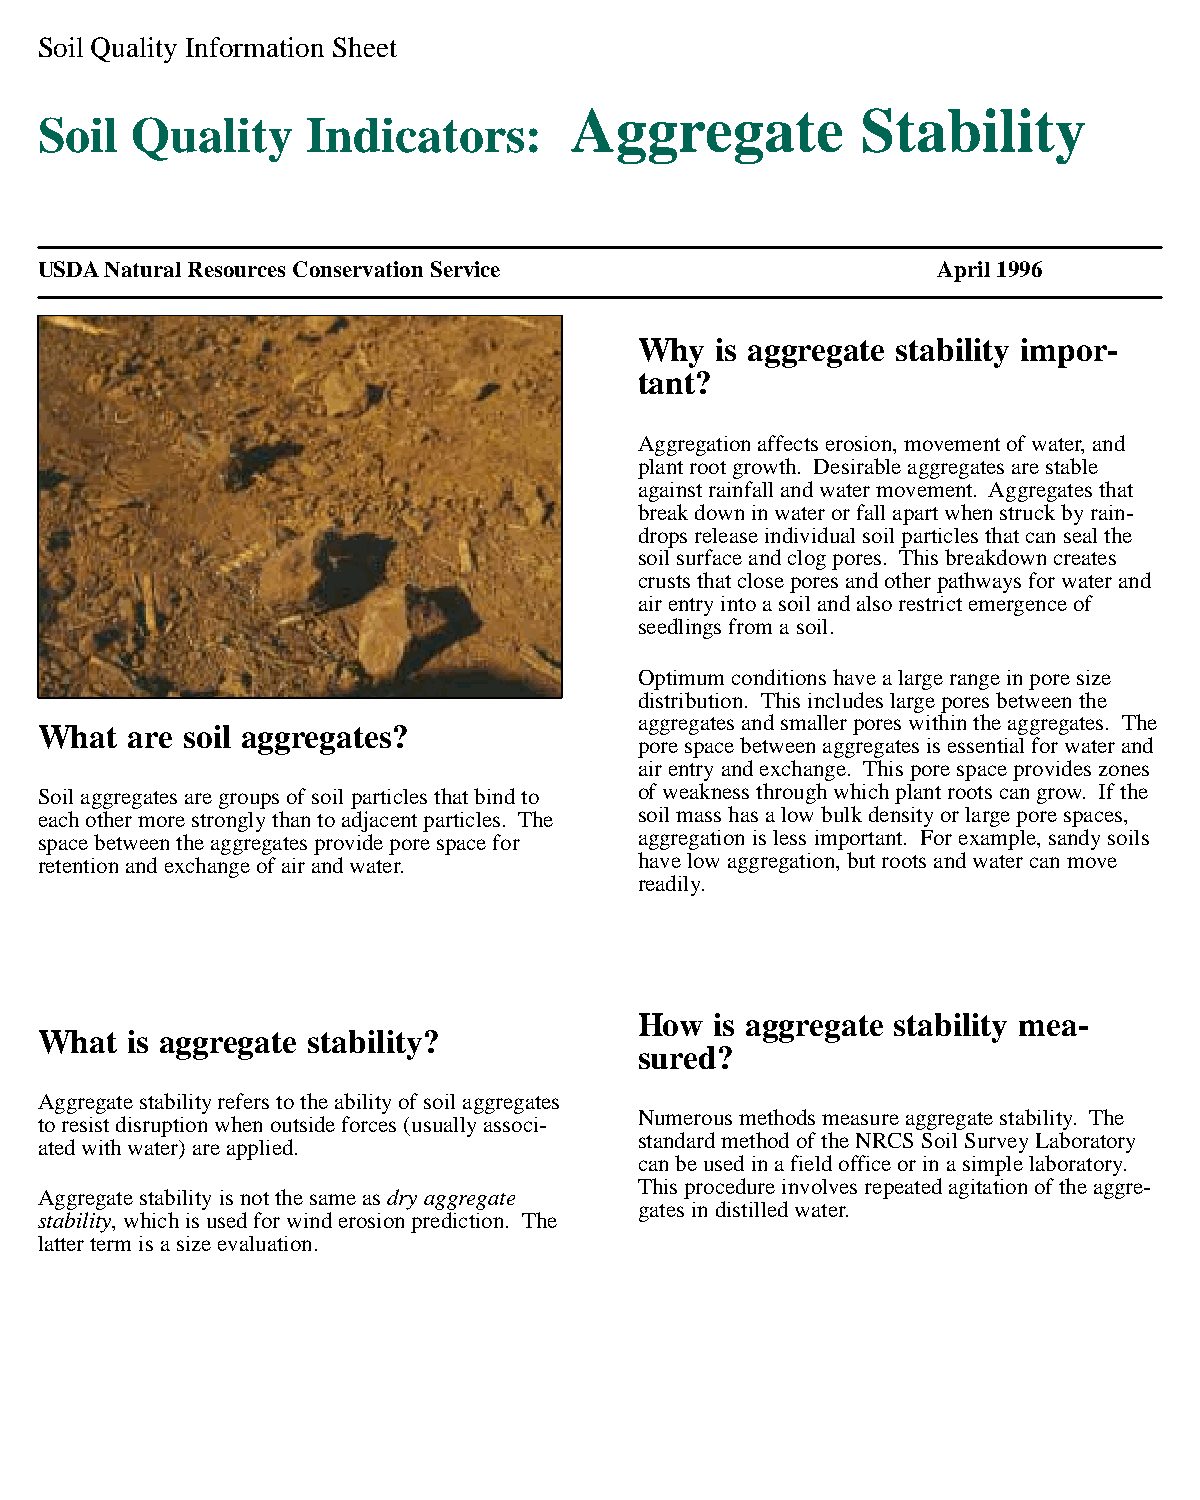
Soil Quality Information Sheet
 Aggregate          Stability
 Soil  Quality     Indicators:
 USDA Natural Resources Conservation Service                 April 1996
 Why  is aggregate stability impor-
 tant?
 Aggregation affects erosion, movement of water, and
 plant root growth. Desirable aggregates are stable
 against rainfall and water movement. Aggregates that
 break down in water or fall apart when struck by rain-
 drops release individual soil particles that can seal the
 soil surface and clog pores. This breakdown creates
 crusts that close pores and other pathways for water and
 air entry into a soil and also restrict emergence of
 seedlings from a soil.
 Optimum conditions have a large range in pore size
 distribution. This includes large pores between the
 aggregates and smaller pores within the aggregates. The
 What  are soil aggregates?
 pore space between aggregates is essential for water and
 air entry and exchange. This pore space provides zones
 Soil aggregates are groups of soil particles that bind to of weakness through which plant roots can grow. If the
 each other more strongly than to adjacent particles. The soil mass has a low bulk density or large pore spaces,
 space between the aggregates provide pore space for aggregation is less important. For example, sandy soils
 retention and exchange of air and water. have low aggregation, but roots and water can move
 readily.
 How  is aggregate stability mea-
 What  is aggregate stability?
 sured?
 Aggregate stability refers to the ability of soil aggregates
 Numerous methods measure aggregate stability. The
 to resist disruption when outside forces (usually associ-
 standard method of the NRCS Soil Survey Laboratory
 ated with water) are applied.
 can be used in a field office or in a simple laboratory.
 This procedure involves repeated agitation of the aggre-
 Aggregate stability is not the same as dry aggregate
 gates in distilled water.
 stability, which is used for wind erosion prediction. The
 latter term is a size evaluation.